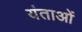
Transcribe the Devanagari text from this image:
यंताओं